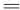
=